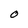
Character: O